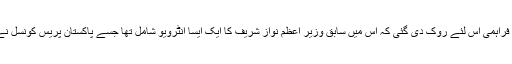
ملک کے بیشتر علاقوں میں روزنامہ ڈان کی فراہمی اس لئے روک دی گئی کہ اس میں سابق وزیر اعظم نواز شریف کا ایک ایسا انٹرویو شامل تھا جسے پاکستان پریس کونسل نے ملک کے اقتدار اعلیٰ کے منافی سمجھا تھا۔